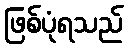
ဖြစ်ပုံရသည်